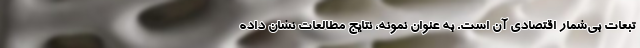
تبعات بی‌شمار اقتصادی آن است. به عنوان نمونه، نتایج مطالعات نشان داده